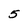
Character: 5